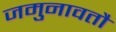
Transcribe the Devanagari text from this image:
जमुनावतौ